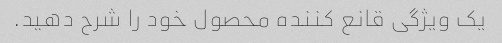
یک ویژگی قانع کننده محصول خود را شرح دهید.